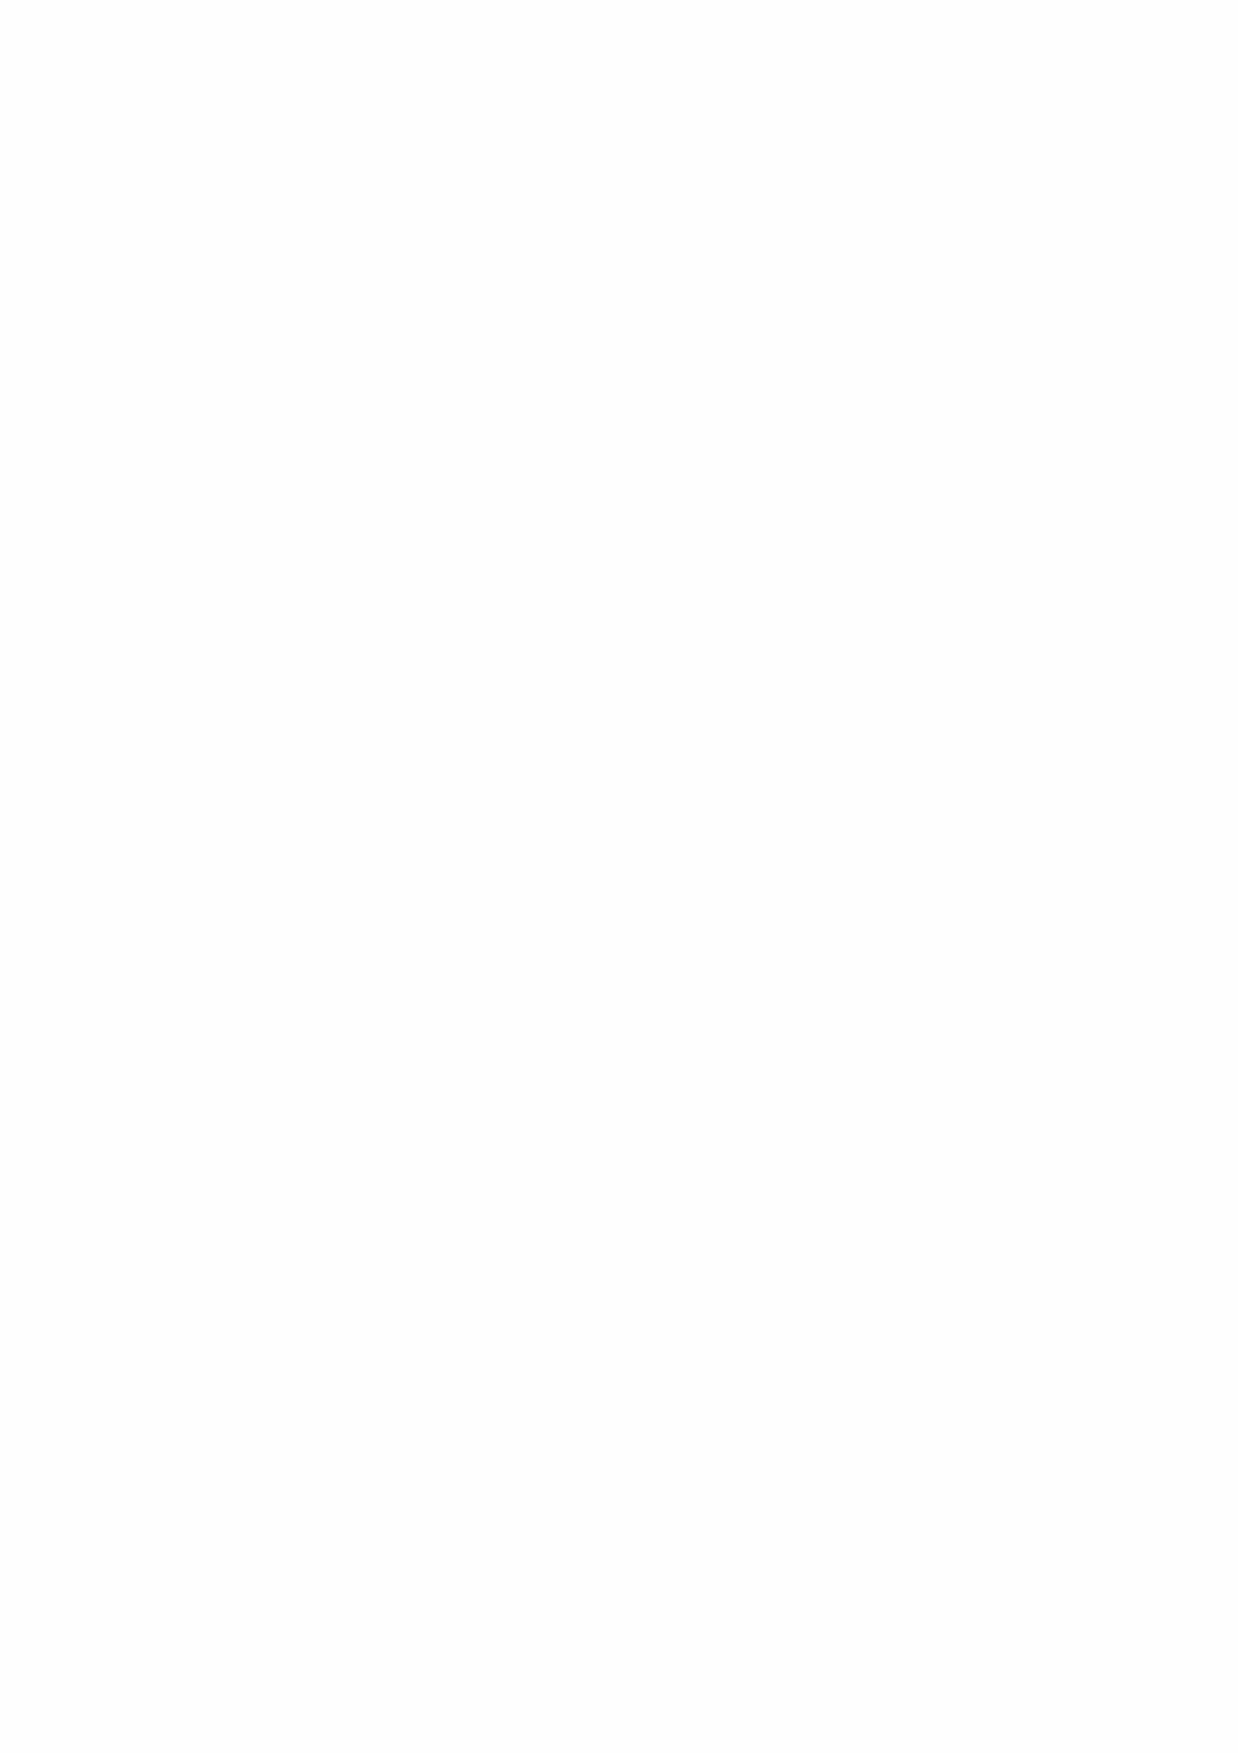
ＦＡＸ挿入方向
 命名お申込用紙
 ■申込方法■
 1. ご両親のお名前、生年月日、生時を分かる限り
 ご記入下さい。
 2. ご兄弟のお名前、生年月日、生時をご記入下さい。
 3. ファックスにてこのお申し込み用紙をお送り下さい
 ファックス番号       058-278-4515まで
 4.お振り込み確認後命名作業に入らせていただきます。
 振込先は用紙の下部に明記してございます。
 ※マーク（必須項目は必ずご記入下さい
 お父様名前※                             お母様名前※
 生年月日時間※                           生年月日時間※
 〒
 ご住所※
 電話番号※                              ＦＡＸ番号
 電子メール                       ＠
 ご兄弟生年月日※          ご兄弟お名前※          ご兄弟生年月日           ご兄弟お名前
 赤ちゃんの生年月日生時
 つけたい名前の
 漢字、読み仮名
 お振り込み手続き
 以下の口座にお振り込みお願いいたします。
 担当
 大垣共立銀行      島支店   普通90401   有限会社シーエス商会
 郵便局の場合      記号12440  番号1956531  有限会社シーエス商会
 お申し込みはFAXで24時間：
 ０１２０－１１４－２７１
 有限会社シーエス商会/金宝堂      良い名前ドットコム
 Tel0120－114－271（月～金：午前11時～午後6時）
 E-Mail kinpoudo@cyber.ocn.ne.jp
 ※お客様からいただいた情報は、弊社プライバシーポリシー（http://www.e-namae.com/pp.html)に則り、
 取り扱いさせていただいておりますので、ご一読下さいますようお願い申し上げます。